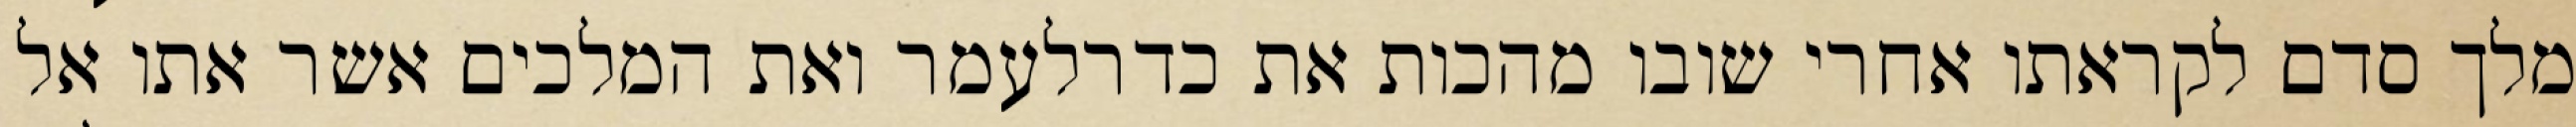
מלך סדם לקראתו אחרי שובו מהכות את כדרלעמר ואת המלכים אשר אתו אל